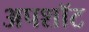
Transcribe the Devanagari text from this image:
अपशॉट